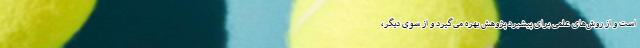
است و از روش‌های علمی برای پیشبرد پژوهش بهره می‌گیرد و از سوی دیگر،